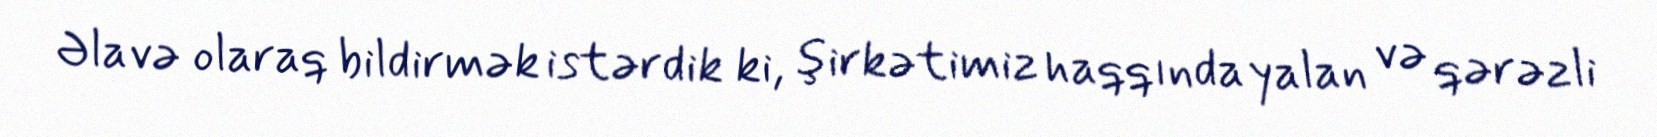
Əlavə olaraq bildirmək istərdik ki, şirkətimiz haqqında yalan və qərəzli